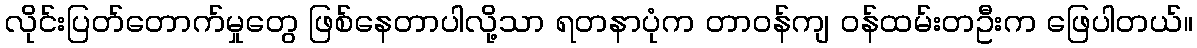
လိုင်းပြတ်တောက်မှုတွေ ဖြစ်နေတာပါလို့သာ ရတနာပုံက တာဝန်ကျ ဝန်ထမ်းတဦးက ဖြေပါတယ်။